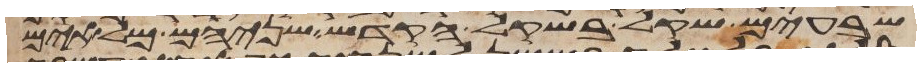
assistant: שבעים שקל בשקל הקדש שניהם מלאים